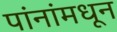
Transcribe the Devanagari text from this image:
पांनांमधून